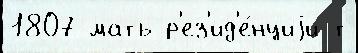
1807 мать р'ез'ид'е́нциjи т